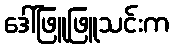
ဒေါ်ဖြူဖြူသင်းက